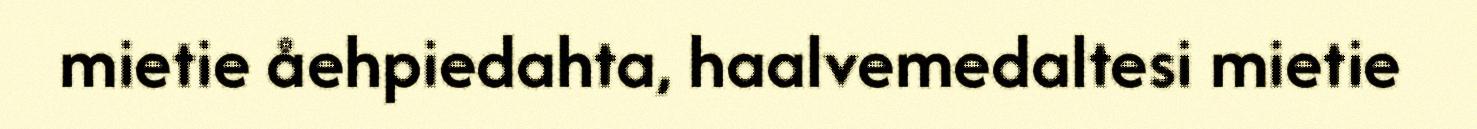
mietie åehpiedahta, haalvemedaltesi mietie